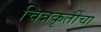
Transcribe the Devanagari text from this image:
चित्रकृतींचा